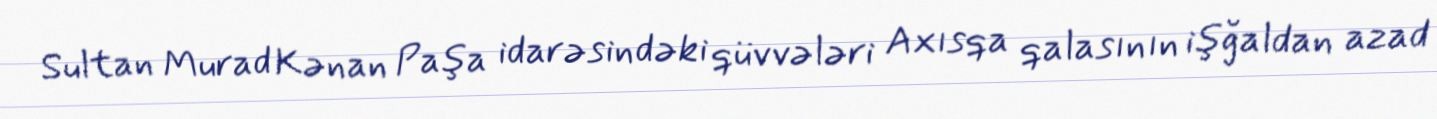
Sultan Murad Kənan Paşa idarəsindəki qüvvələri Axısqa qalasının işğaldan azad